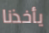
يأخذنا